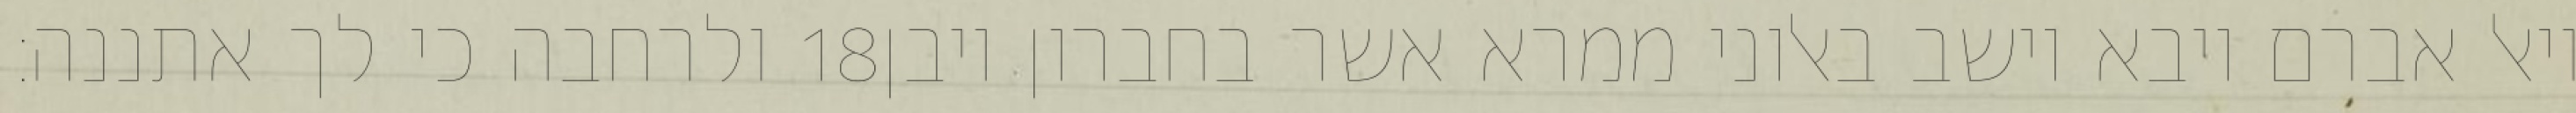
ולרחבה כי לך אתננה׃ ‎18‏ ויאל אברם ויבא וישב באלוני ממרא אשר בחברון ויבן